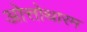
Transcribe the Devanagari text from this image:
ओत्तोथारम